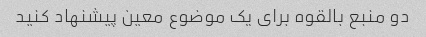
دو منبع بالقوه برای یک موضوع معین پیشنهاد کنید